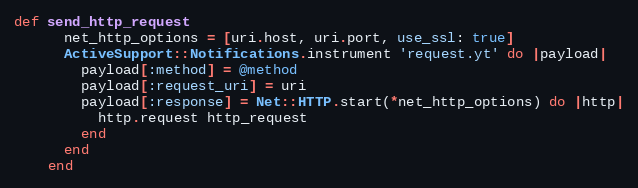
Language: Ruby
def send_http_request
      net_http_options = [uri.host, uri.port, use_ssl: true]
      ActiveSupport::Notifications.instrument 'request.yt' do |payload|
        payload[:method] = @method
        payload[:request_uri] = uri
        payload[:response] = Net::HTTP.start(*net_http_options) do |http|
          http.request http_request
        end
      end
    end